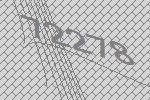
72278